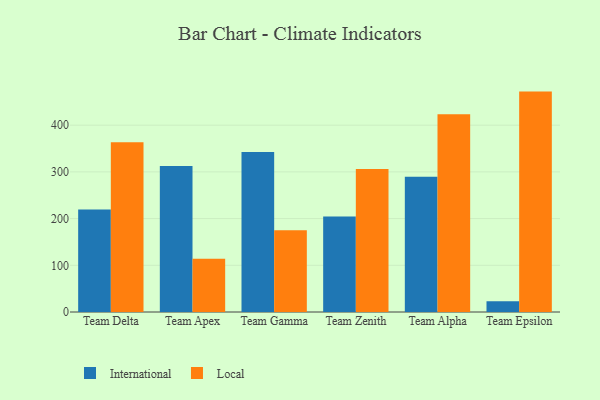
{"axis": {"x": "Team", "y": "Headcount"}, "legend": ["International", "Local"], "data": [{"x": "Team Delta", "y": 219.3, "type": "International"}, {"x": "Team Delta", "y": 363.5, "type": "Local"}, {"x": "Team Apex", "y": 312.7, "type": "International"}, {"x": "Team Apex", "y": 114.0, "type": "Local"}, {"x": "Team Gamma", "y": 342.5, "type": "International"}, {"x": "Team Gamma", "y": 175.1, "type": "Local"}, {"x": "Team Zenith", "y": 204.7, "type": "International"}, {"x": "Team Zenith", "y": 306.2, "type": "Local"}, {"x": "Team Alpha", "y": 289.7, "type": "International"}, {"x": "Team Alpha", "y": 423.5, "type": "Local"}, {"x": "Team Epsilon", "y": 23.0, "type": "International"}, {"x": "Team Epsilon", "y": 471.9, "type": "Local"}]}